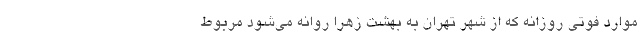
موارد فوتی روزانه که از شهر تهران به بهشت زهرا روانه می‌شود مربوط